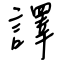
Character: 譯